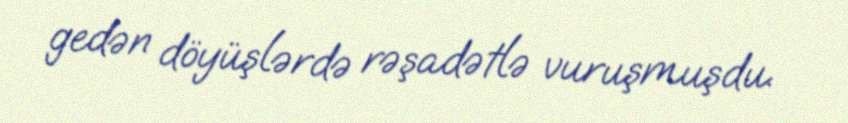
gedən döyüşlərdə rəşadətlə vuruşmuşdu.